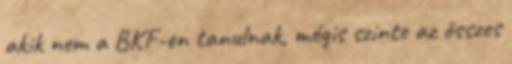
akik nem a BKF-en tanulnak, mégis szinte az összes